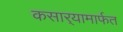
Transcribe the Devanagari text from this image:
कसार्‍यामार्फत